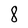
Character: 8